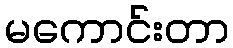
မကောင်းတာ